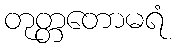
တုတ္တတောမရံ